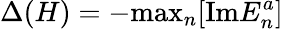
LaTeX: \Delta(H)=-\mathrm{max}_{n}[\mathrm{Im}E_{n}^{a}]